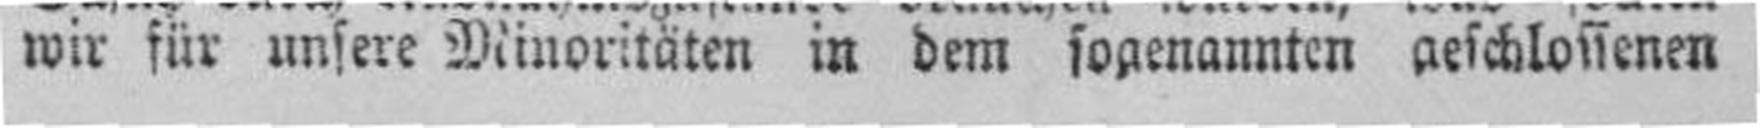
wir für unsere Minoritäten in dem sogenannten aeschlossenen